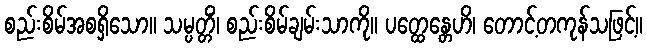
စည်းစိမ်အစရှိသော။ သမ္ပတ္တိံ၊ စည်းစိမ်ချမ်းသာကို။ ပတ္ထေန္တေဟိ၊ တောင့်တကုန်သဖြင့်။